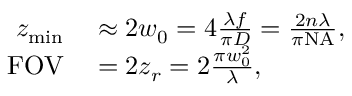
\begin{array} { r l } { z _ { \mathrm { m i n } } } & { { } \approx 2 w _ { 0 } = 4 \frac { \lambda f } { \pi D } = \frac { 2 n \lambda } { \pi \mathrm { N A } } , } \\ { \mathrm { F O V } } & { { } = 2 z _ { r } = 2 \frac { \pi w _ { 0 } ^ { 2 } } { \lambda } , } \end{array}